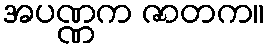
အပဏ္ဏက ဇာတက။